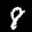
Label: 8